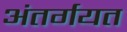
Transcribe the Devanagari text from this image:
अंतर्गयत